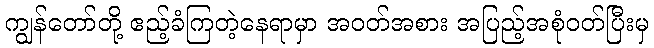
ကျွန်တော်တို့ ဧည့်ခံကြတဲ့နေရာမှာ အဝတ်အစား အပြည့်အစုံဝတ်ပြီးမှ